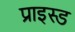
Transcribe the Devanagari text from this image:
प्राइस्ड